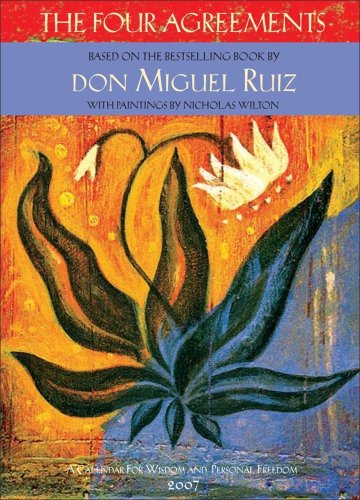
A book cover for The Four Agreements 2007 Engagement Calendar; Universe Publishing; Calendars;